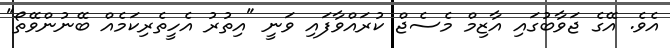
އެވެ. އޭގެ ޖަވާބުގައި އާޒިމް މެސެޖް ކުރައްވާފައި ވަނީ "އިތުރު އެހީތެރިކަމެއް ބޭނުންވޭތޯ"